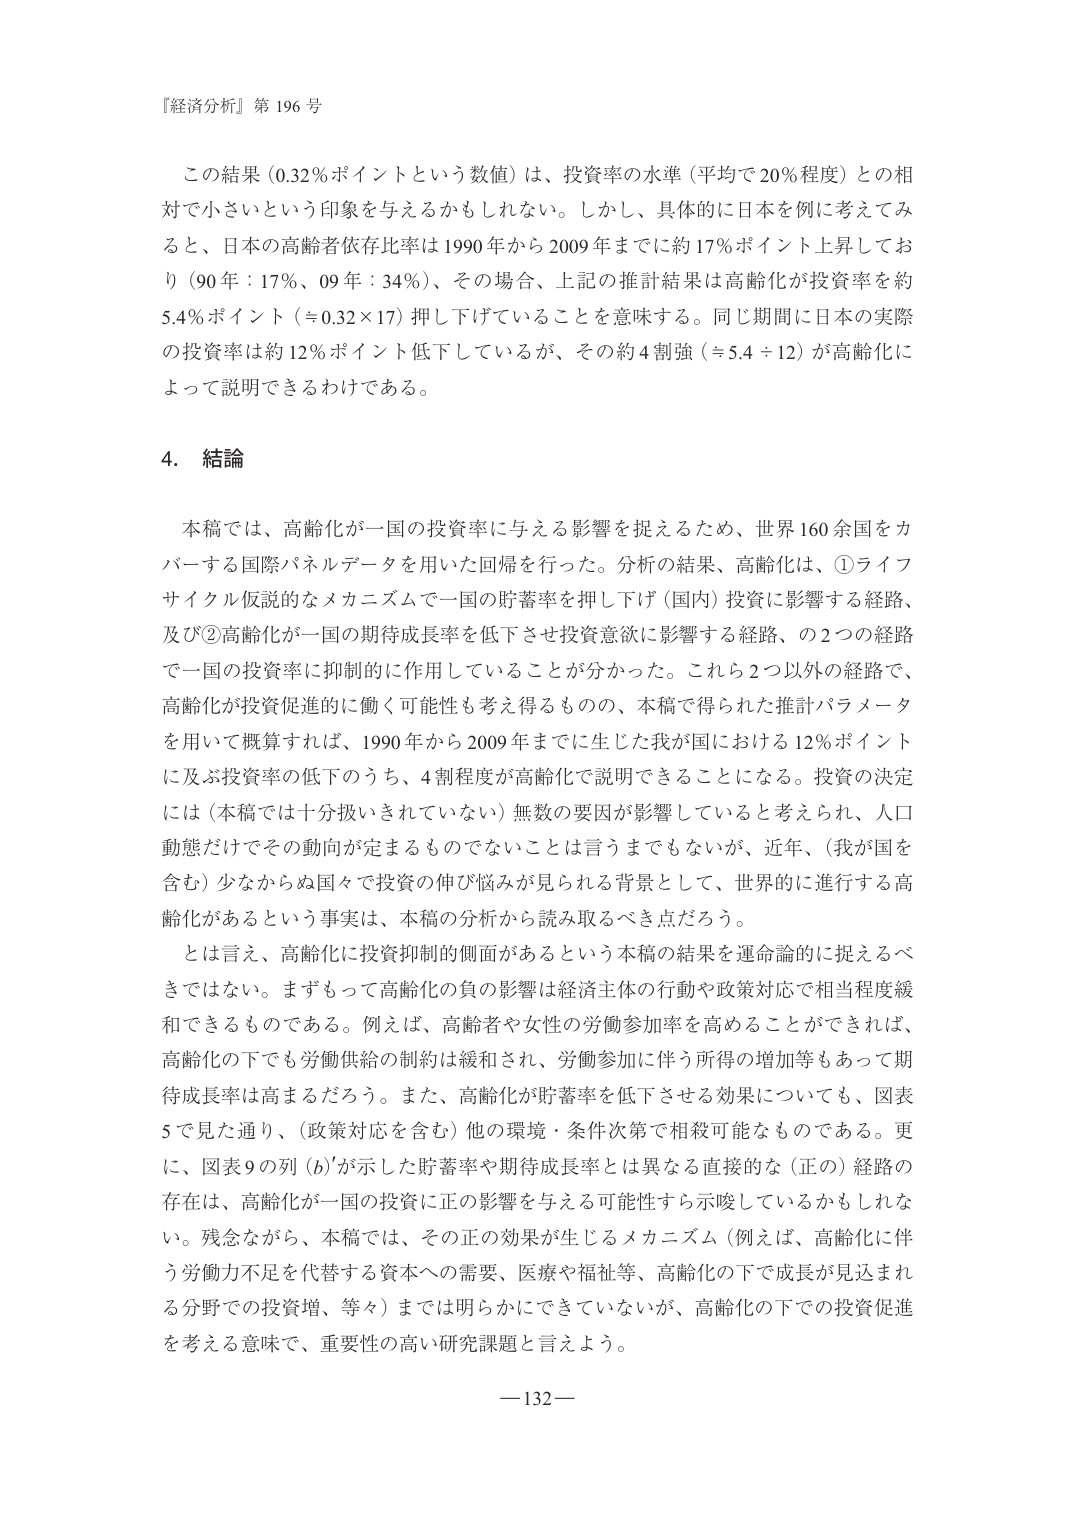
『経済分析』第 196 号

この結果（0.32％ポイントという数値）は、投資率の水準（平均で20％程度）との相対で小さいという印象を与えるかもしれない。しかし、具体的に日本を例に考えてみると、日本の高齢者依存比率は1990年から2009年までに約17％ポイント上昇しており（90年：17％、09年：34％）、その場合、上記の推計結果は高齢化が投資率を約5.4％ポイント（≒0.32×17）押し下げていることを意味する。同じ期間に日本の実際の投資率は約12％ポイント低下しているが、その約4割強（≒5.4÷12）が高齢化によって説明できるわけである。

4. 結論

本稿では、高齢化が一国の投資率に与える影響を捉えるため、世界160余国をカバーする国際パネルデータを用いた回帰を行った。分析の結果、高齢化は、①ライフサイクル仮説的なメカニズムで一国の貯蓄率を押し下げ（国内）投資に影響する経路、及び②高齢化が一国の期待成長率を低下させ投資意欲に影響する経路、の2つの経路で一国の投資率に抑制的に作用していることが分かった。これら2つ以外の経路で、高齢化が投資促進的に働く可能性も考え得るもの、本稿で得られた推計パラメータを用いて概算すれば、1990年から2009年までに生じた我が国における12％ポイントに及ぶ投資率の低下のうち、4割程度が高齢化で説明できることになる。投資の決定には（本稿では十分扱いされていない）無数の要因が影響していると考えられ、人口動態だけでその動向が定まるものではないことは言うまでもないが、近年、（我が国を含む）少なからぬ国々で投資の伸び悩みが見られる背景として、世界的に進行する高齢化があるという事実は、本稿の分析から読み取るべき点だろう。

とは言え、高齢化に投資抑制的側面があるという本稿の結果を運命論的に捉えるべきではない。まずもって高齢化の負の影響は経済主体の行動や政策対応で相当程度緩和できるものである。例えば、高齢者や女性の労働参加率を高めることができれば、高齢化の下でも労働供給の制約は緩和され、労働参加に伴う所得の増加等もあって期待成長率は高まるだろう。また、高齢化が貯蓄率を低下させる効果についても、図表5で見た通り、（政策対応を含む）他の環境・条件次第で相殺可能なものである。更に、図表9の列（6）が示した貯蓄率や期待成長率とは異なる直接的な（正の）経路の存在は、高齢化が一国の投資に正の影響を与える可能性すら示唆しているかもしれない。残念ながら、本稿では、その正の効果が生じるメカニズム（例えば、高齢化に伴う労働力不足を代替する資本への需要、医療や福祉等、高齢化の下で成長が見込まれる分野での投資増、等々）までは明らかにできていないが、高齢化の下での投資促進を考える意味で、重要性の高い研究課題と言えよう。

—132—